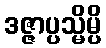
ဒဇ္ဇာပ္ပသ္မိမ္ပိ